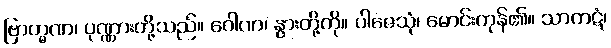
ဗြာဟ္မဏ၊ ပုဏ္ဏားတို့သည်။ ဂေါဏ၊ နွားတို့ကို။ ပါဇေသုံ၊ မောင်းကုန်၏။ သာကဋံ၊